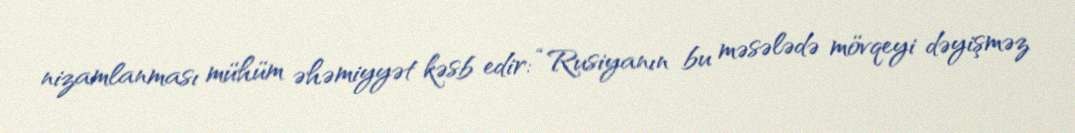
nizamlanması mühüm əhəmiyyət kəsb edir: “Rusiyanın bu məsələdə mövqeyi dəyişməz